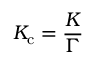
K _ { \mathrm { c } } = { \frac { K } { \Gamma } }